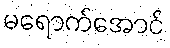
မရောက်အောင်